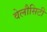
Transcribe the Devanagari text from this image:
वेलौसिटी